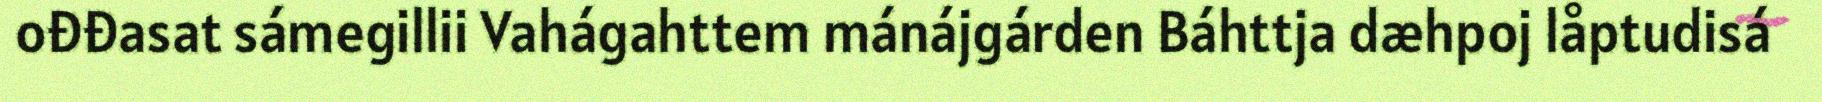
ođđasat sámegillii Vahágahttem mánájgárden Báhttja dæhpoj låptudisá